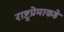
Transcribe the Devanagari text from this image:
राष्ट्रप्रेमाकडे